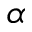
\alpha